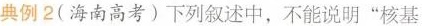
典例2(海南高考)下列叙述中，不能说明”核基